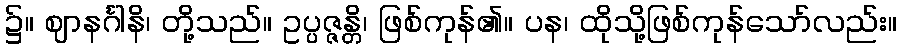
၌။ ဈာနင်္ဂါနိ၊ တို့သည်။ ဥပ္ပဇ္ဇန္တိ၊ ဖြစ်ကုန်၏။ ပန၊ ထိုသို့ဖြစ်ကုန်သော်လည်း။